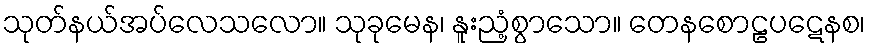
သုတ်နယ်အပ်လေသလော။ သုခုမေန၊ နူးညံ့စွာသော။ တေနစောဠပဋေနစ၊